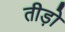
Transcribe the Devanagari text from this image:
तीड़ो